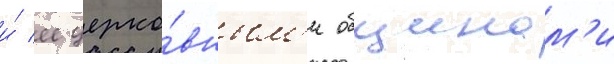
и́ ее церко́вным'и общинам'и